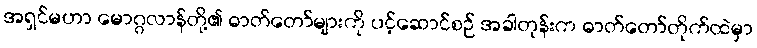
အရှင်မဟာ မောဂ္ဂလာန်တို့၏ ဓာတ်တော်များကို ပင့်ဆောင်စဉ် အခါတုန်းက ဓာတ်တော်တိုက်ထဲမှာ